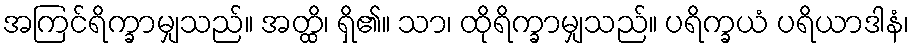
အကြင်ရိက္ခာမျှသည်။ အတ္ထိ၊ ရှိ၏။ သာ၊ ထိုရိက္ခာမျှသည်။ ပရိက္ခယံ ပရိယာဒါနံ၊